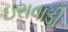
ઇરાવાડી